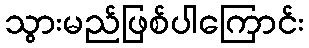
သွားမည်ဖြစ်ပါကြောင်း